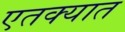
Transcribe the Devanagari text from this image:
एतक्यात